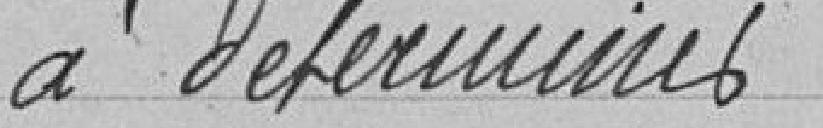
à déterminer .